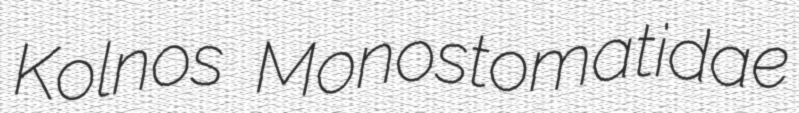
Kolnos Monostomatidae